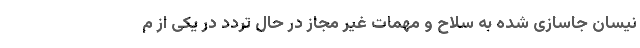
نیسان جاسازی شده به سلاح و مهمات غیر مجاز در حال تردد در یکی از م